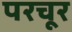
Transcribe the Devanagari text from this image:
परचूर